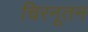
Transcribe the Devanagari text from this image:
चिरनूतन